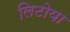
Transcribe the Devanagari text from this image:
लिटोया